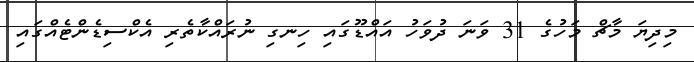
މިިދިޔަ މާޗް މަހުގެ 31 ވަނަ ދުވަހު އައްޑޫގައި ހިނގި ނުރައްކާތެރި އެކްސިޑެންޓެއްގައި